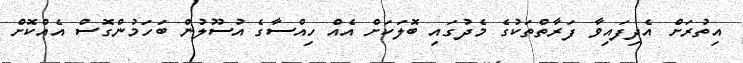
އިތުރަށް އެދިފައިވާ ފަރާތްތަކުގެ މެދުގައި ބޮލަކަށް އެއް ހިއްސާގެ އުސޫލުން ބަހަމުންގޮސް އެއްކޮށް